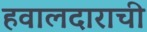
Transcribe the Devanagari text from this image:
हवालदाराची